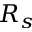
R _ { s }